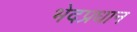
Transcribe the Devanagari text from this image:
भेदप्रधान